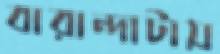
বারান্দাটায়